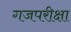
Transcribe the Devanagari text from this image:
गजपरीक्षा